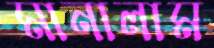
মানালাম